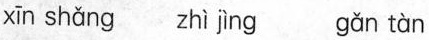
xīn shǎng zhì jìng gǎn tàn